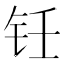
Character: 𬬯